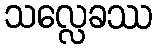
သလ္လေခဿ